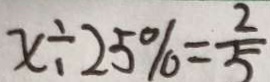
x \div 2 5 \% = \frac { 2 } { 5 }